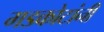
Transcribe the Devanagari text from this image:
गडकोटांनी